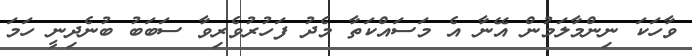
ވާހަކަ ނިންމާލަމުން އޭނާ އެ މަސައްކަތާ މެދު ފަހުރުވެރިވާ ސަބަބު ބުނެދިނީ ހަމަ